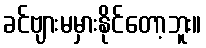
ခင်ဗျားမမှားနိုင်တော့ဘူး။